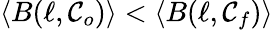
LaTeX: \langle B(\ell,\mathcal{C}_{o})\rangle<\langle B(\ell,\mathcal{C}_{f})\rangle